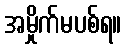
အမှိုက်မပစ်ရ။